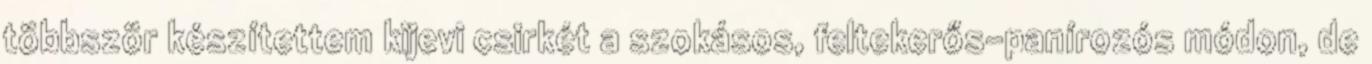
többször készítettem kijevi csirkét a szokásos, feltekerős-panírozós módon, de